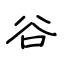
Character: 谷